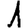
Digit: 1